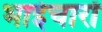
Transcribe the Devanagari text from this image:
भाईचारों